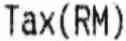
TAX(RM)